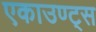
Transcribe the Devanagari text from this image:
एकाउण्‍ट्स